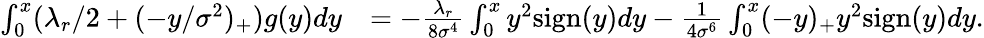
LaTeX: \begin{array}{rl}{\int_{0}^{x}(\lambda_{r}/2+(-y/\sigma^{2})_{+})g(y)dy}&{=-\frac{\lambda_{r}}{8\sigma^{4}}\int_{0}^{x}y^{2}\textnormal{sign}(y)dy-\frac{1}{4\sigma^{6}}\int_{0}^{x}(-y)_{+}y^{2}\textnormal{sign}(y)dy.}\end{array}